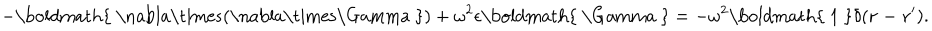
LaTeX: - \mathrm { \boldmath { ~ \nabla \times ( \nabla \times \Gamma ~ } } ) + \omega ^ { 2 } \epsilon \mathrm { \boldmath { ~ \Gamma ~ } } = - \omega ^ { 2 } \mathrm { \boldmath { ~ 1 ~ } } \delta ( { \bf r - r ^ { \prime } } ) .